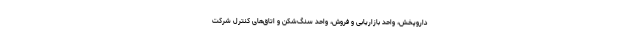
داروپخش، واحد بازاریابی و فروش، واحد سنگ‌شکن و اتاق‌های کنترل شرکت